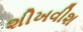
શીખવીશ